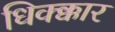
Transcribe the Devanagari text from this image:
धिक्क्कार